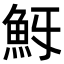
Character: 𩵯